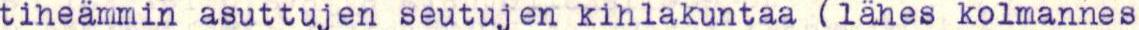
tiheämmin asuttujen seutujen kihlakuntaa (lähes kolmannes